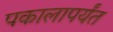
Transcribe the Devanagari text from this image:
पकालापर्यंत